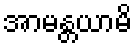
အာမန္တယာမိ